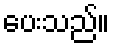
ပေးသည်။